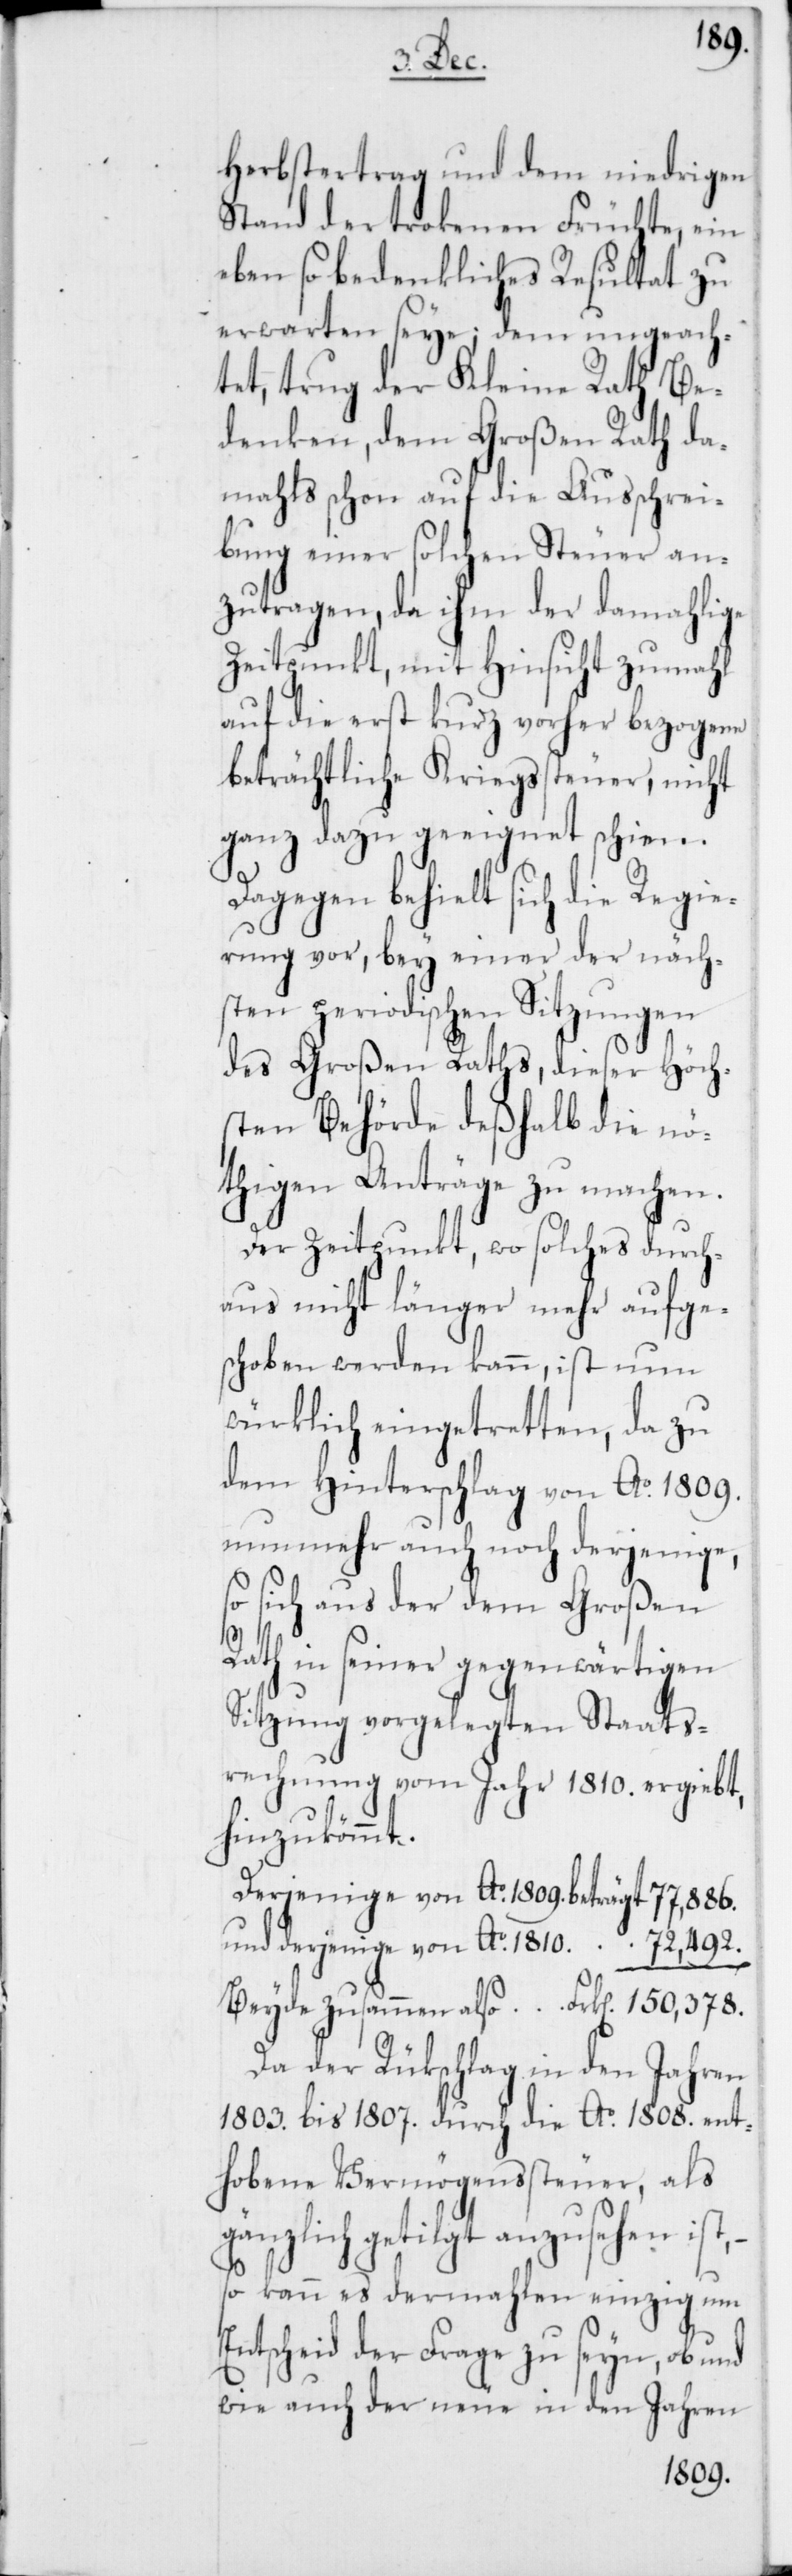
Herbstertrag und dem niedri¬
Stand der trokenen Früchte, ein
eben so bedenkliches Resultat zu
erwarten seye; dem ungeach¬
tet, trug der Kleine Rath Be¬
denken, dem Großen Rath da¬
mahls schon auf die Ausschrei¬
bung einer solchen Steuer an¬
zutragen, da ihm der damahlige
Zeitpunkt, mit Hinsicht zumahl
auf die erst kurz vorher bezogene
beträchtliche Kriegssteuer, nicht
ganz dazu geeignet schien.
Dagegen behielt sich die Regie¬
rung vor, bey einer der näch¬
sten periodischen Sitzungen
des Großen Raths, dieser Höch¬
sten Behörde deßhalb die nö¬
thigen Anträge zu machen.
Der Zeitpunkt, wo solches durch¬
aus nicht länger mehr aufge¬
schoben werden kann, ist nun
würklich eingetretten, da zu
dem Hinterschlag von Ao. 1809.
nunmehr auch noch derjenige,
so sich aus der dem Großen
gen
Rath in seiner gegenwärtigen
Sitzung vorgelegten Staats¬
rechnung vom Jahr 1810. ergiebt,
hinzukömmt.
Derjenige von Ao. 1809. beträgt 77,886.
und derjenige von Ao. 1810. 72,492.
Beyde zusammen also Frk[en]. 150‘378.
Da der Rükschlag in den Jahren
1803. bis 1807. durch die Ao. 1808. ent¬
hobene Vermögenssteuer, als
gänzlich getilgt anzusehen ist,
so kann es dermahlen einzig um
Entscheid der Frage zu seyn, ob und
wie auch der neue in den Jahren